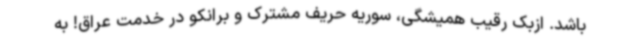
باشد. ازبک رقیب همیشگی، سوریه حریف مشترک و برانکو در خدمت عراق! به